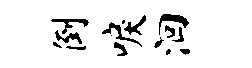
倒唳洄